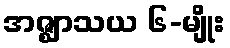
အဇ္ဈာသယ ၆-မျိုး